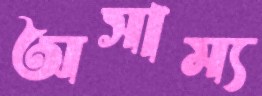
অসাম্য